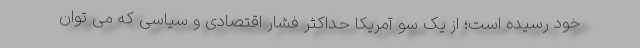
خود رسیده است؛ از یک سو آمریکا حداکثر فشار اقتصادی و سیاسی که می توان